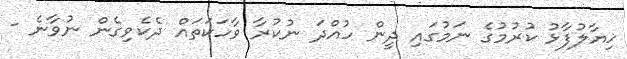
ޚިޔާލުފާޅު ކުރުމުގެ ނަމުގައި ދީން ހުއްދަ ނުކުރާ ވާހަކަތައް ދެކެވިގެން ނުވާނެ -